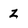
Character: z